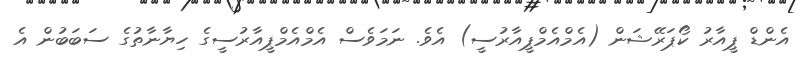
އެންޑް ޕީއާރު ކޯޕަރޭޝަން (އެމްއެމްޕީއާރުސީ) އެވެ. ނަމަވެސް އެމްއެމްޕީއާރުސީގެ ހިޔާނާތުގެ ސަބަބުން އެ